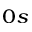
_ { 0 s }